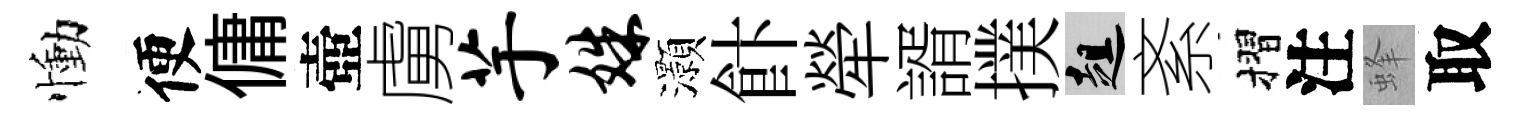
慟便傭壺虜芋姝灝飰犖諝撲趄紊摺注蜂取